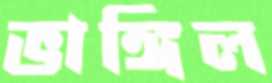
ভাঙ্গিল